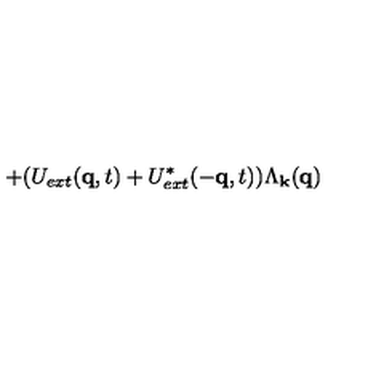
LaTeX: + ( U _ { e x t } ( { \bf { q } } , t ) + U _ { e x t } ^ { * } ( - { \bf { q } } , t ) ) \Lambda _ { { \bf { k } } } ( { \bf { q } } )